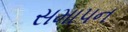
સમાપન